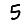
Digit: 5